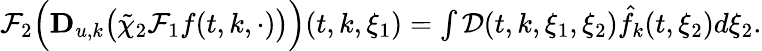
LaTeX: \begin{array}{r}{\mathcal{F}_{2}\Big(\mathbf{D}_{u,k}\big(\tilde{\chi}_{2}\mathcal{F}_{1}f(t,k,\cdot)\big)\Big)(t,k,\xi_{1})=\int\mathcal{D}(t,k,\xi_{1},\xi_{2})\hat{f}_{k}(t,\xi_{2})d\xi_{2}.}\end{array}